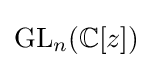
\mathrm {GL} _{n}(\mathbb {C} [z])